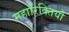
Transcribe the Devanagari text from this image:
महारिक्तियों